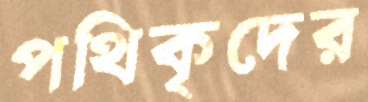
পথিকৃদের